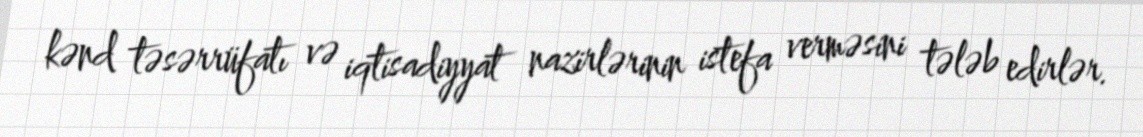
kənd təsərrüfatı və iqtisadiyyat nazirlərinin istefa verməsini tələb edirlər.